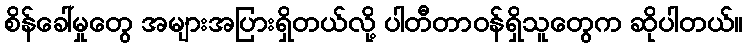
စိန်ခေါ်မှုတွေ အများအပြားရှိတယ်လို့ ပါတီတာဝန်ရှိသူတွေက ဆိုပါတယ်။